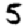
Digit: 5